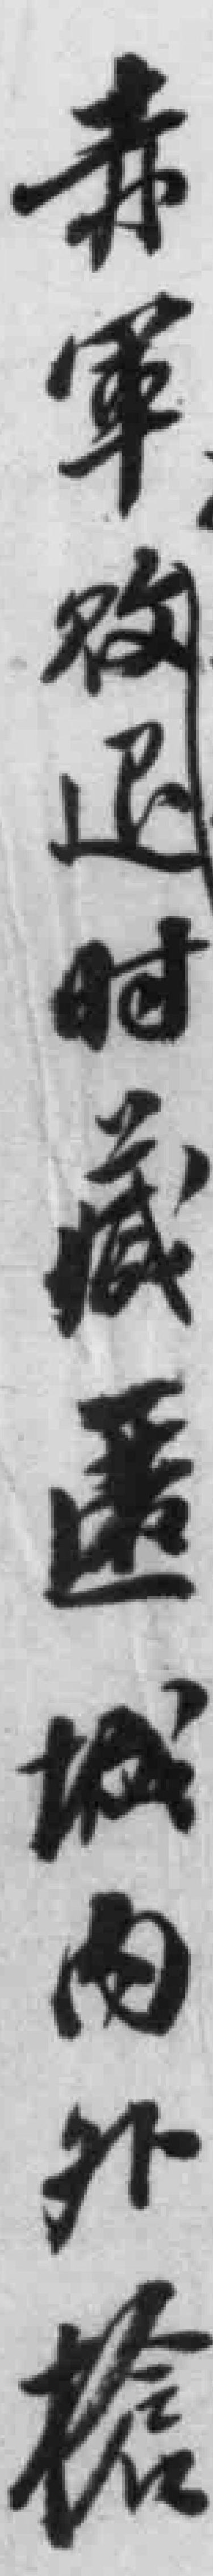
赤軍败退时藏匿城內外槍